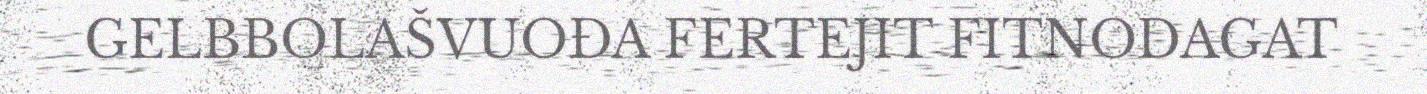
GELBBOLAŠVUOĐA FERTEJIT FITNODAGAT